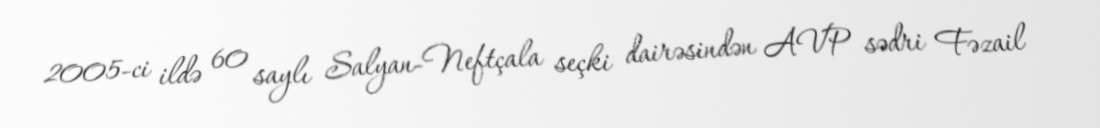
2005-ci ildə 60 saylı Salyan-Neftçala seçki dairəsindən AVP sədri Fəzail